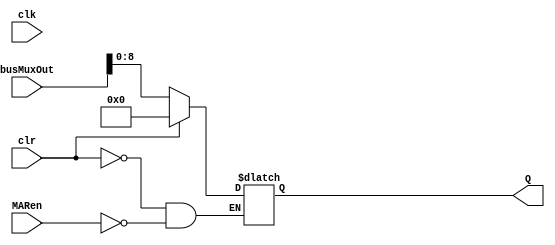
module mar #(parameter qInit = 0)(input wire [31:0] busMuxOut, input wire MARen, input wire clr, input wire clk, output reg [8:0] Q);
	initial begin
	
		Q = qInit;
		end
	always @(*) 
		begin
			if (clr)
				Q<=9'b000000000;
			else if(MARen)
				Q<= busMuxOut[8:0];
		end
		
endmodule